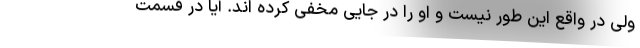
ولی در واقع این طور نیست و او را در جایی مخفی کرده اند. آیا در قسمت